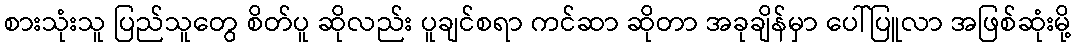
စားသုံးသူ ပြည်သူတွေ စိတ်ပူ ဆိုလည်း ပူချင်စရာ ကင်ဆာ ဆိုတာ အခုချိန်မှာ ပေါ်ပြူလာ အဖြစ်ဆုံးမို့